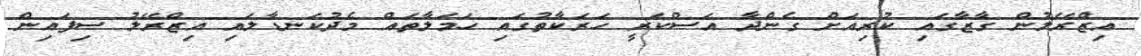
އިޒްރޭލުން ގާޒާގައި ކުރިއަށް ގެންދާ އަސްކަރީ ހަރަކާތުގައި ހަމަލާތައް މެދުކަނޑާލައި އިޒްރޭލު ސިފައިން